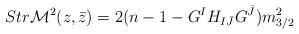
\begin{align*}Str {\cal M}^2 (z, \bar z) = 2 ( n-1- G^{I} H_{I{\bar J}} G^{\bar J})m_{3/2}^2\end{align*}